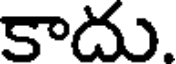
కాదు.